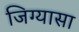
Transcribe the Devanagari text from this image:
जिग्यासा